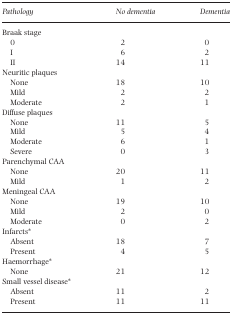
<table><thead><tr><td><b>Pathology</b></td><td><b>No dementia</b></td><td><b>Dementia</b></td></tr></thead><tbody><tr><td>Braak stage</td><td></td><td></td></tr><tr><td>0</td><td>2</td><td>0</td></tr><tr><td>I</td><td>6</td><td>2</td></tr><tr><td>II</td><td>14</td><td>11</td></tr><tr><td>Neuritic plaques</td><td></td><td></td></tr><tr><td>None</td><td>18</td><td>10</td></tr><tr><td>Mild</td><td>2</td><td>2</td></tr><tr><td>Moderate</td><td>2</td><td>1</td></tr><tr><td>Diffuse plaques</td><td></td><td></td></tr><tr><td>None</td><td>11</td><td>5</td></tr><tr><td>Mild</td><td>5</td><td>4</td></tr><tr><td>Moderate</td><td>6</td><td>1</td></tr><tr><td>Severe</td><td>0</td><td>3</td></tr><tr><td>Parenchymal CAA</td><td></td><td></td></tr><tr><td>None</td><td>20</td><td>11</td></tr><tr><td>Mild</td><td>1</td><td>2</td></tr><tr><td>Meningeal CAA</td><td></td><td></td></tr><tr><td>None</td><td>19</td><td>10</td></tr><tr><td>Mild</td><td>2</td><td>0</td></tr><tr><td>Moderate</td><td>0</td><td>2</td></tr><tr><td>Infarcts*</td><td></td><td></td></tr><tr><td>Absent</td><td>18</td><td>7</td></tr><tr><td>Present</td><td>4</td><td>5</td></tr><tr><td>Haemorrhage*</td><td></td><td></td></tr><tr><td>None</td><td>21</td><td>12</td></tr><tr><td>Small vessel disease*</td><td></td><td></td></tr><tr><td>Absent</td><td>11</td><td>2</td></tr><tr><td>Present</td><td>11</td><td>11</td></tr></tbody></table>